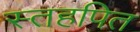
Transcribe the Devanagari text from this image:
स्तहपित